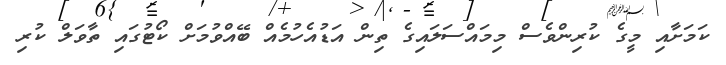
ކަމަށާއި މީގެ ކުރިންވެސް މިމައްސަލައިގެ ތިން އަޑުއެހުމެއް ބޭއްވުމަށް ކޯޓުގައި ތާވަލް ކުރި